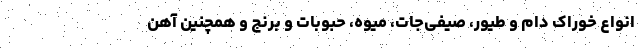
انواع خوراک دام و طیور، صیفی‌جات، میوه، حبوبات و برنج و همچنین آهن